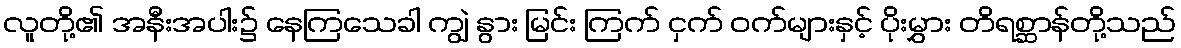
လူတို့၏ အနီးအပါး၌ နေကြသေခါ ကျွဲ နွား မြင်း ကြက် ငှက် ဝက်များနှင့် ပိုးမွှား တိရစ္ဆာန်တို့သည်